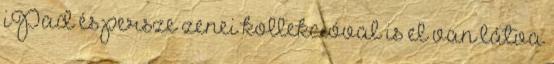
iPad és persze zenei kollekcióval is el van látva